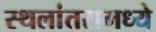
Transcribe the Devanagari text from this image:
स्थलांतरामध्ये